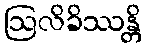
ဩလိခိဿန္တိ